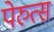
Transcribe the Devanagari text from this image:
पेरुत्स